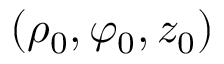
( \rho _ { 0 } , \varphi _ { 0 } , z _ { 0 } )